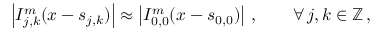
\left\vert I _ { j , k } ^ { m } ( \boldsymbol { x } - \boldsymbol { s } _ { j , k } ) \right\vert \approx \left\vert I _ { 0 , 0 } ^ { m } ( \boldsymbol { x } - \boldsymbol { s } _ { 0 , 0 } ) \right\vert \, , \qquad \forall \, j , k \in \mathbb { Z } \, ,